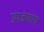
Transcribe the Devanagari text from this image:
उपजणारा